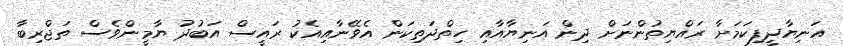
އަނިޔާދީފިކަމަށާ ރައްޔިތުންނަށް ދިން އަނިޔާއާއި ހިތްދަތިކަން އެވޭނާއިއެކު ރައީސް އަބުދު ޔާމީންވެސް ތަޖްރިބާ